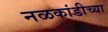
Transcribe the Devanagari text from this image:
नळकांडीच्या